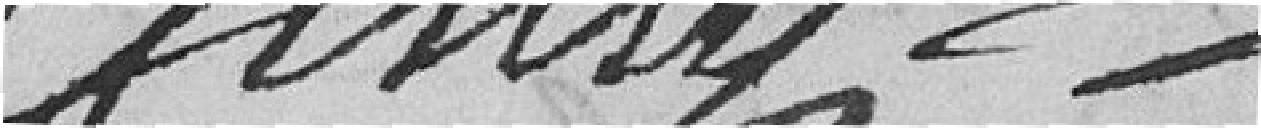
Genly